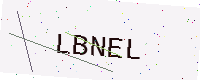
Text: LBNEL